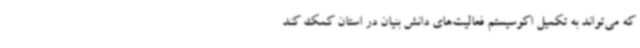
که می‌تواند به تکمیل اکوسیستم فعالیت‌های دانش بنیان در استان کمک کند